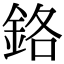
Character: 鉻